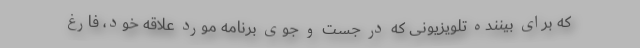
که برای بیننده تلویزیونی که در جست و جوی برنامه مورد علاقه خود، فارغ